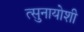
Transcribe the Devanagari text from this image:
त्सुनायोशी